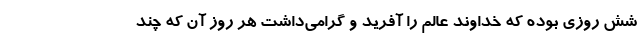
شش روزی بوده که خداوند عالم را آفرید و گرامی‌داشت هر روز آن که چند